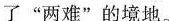
了”两难”的境地。